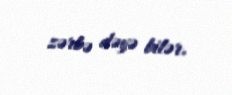
zərbə dəyə bilər.